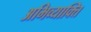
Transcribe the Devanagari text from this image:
अभिव्याक्ति